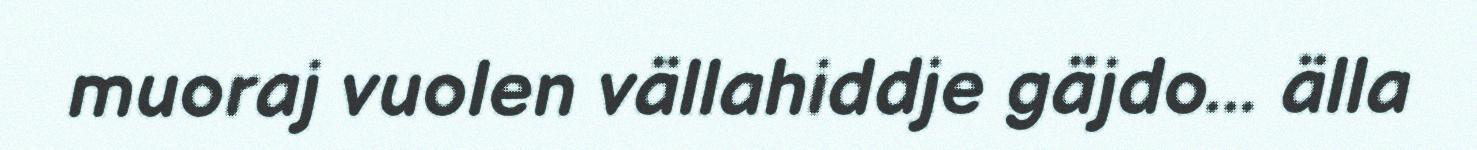
muoraj vuolen vällahiddje gäjdo... älla